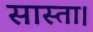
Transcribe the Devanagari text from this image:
सास्ता।